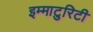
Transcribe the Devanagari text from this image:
इम्माटुरिटी